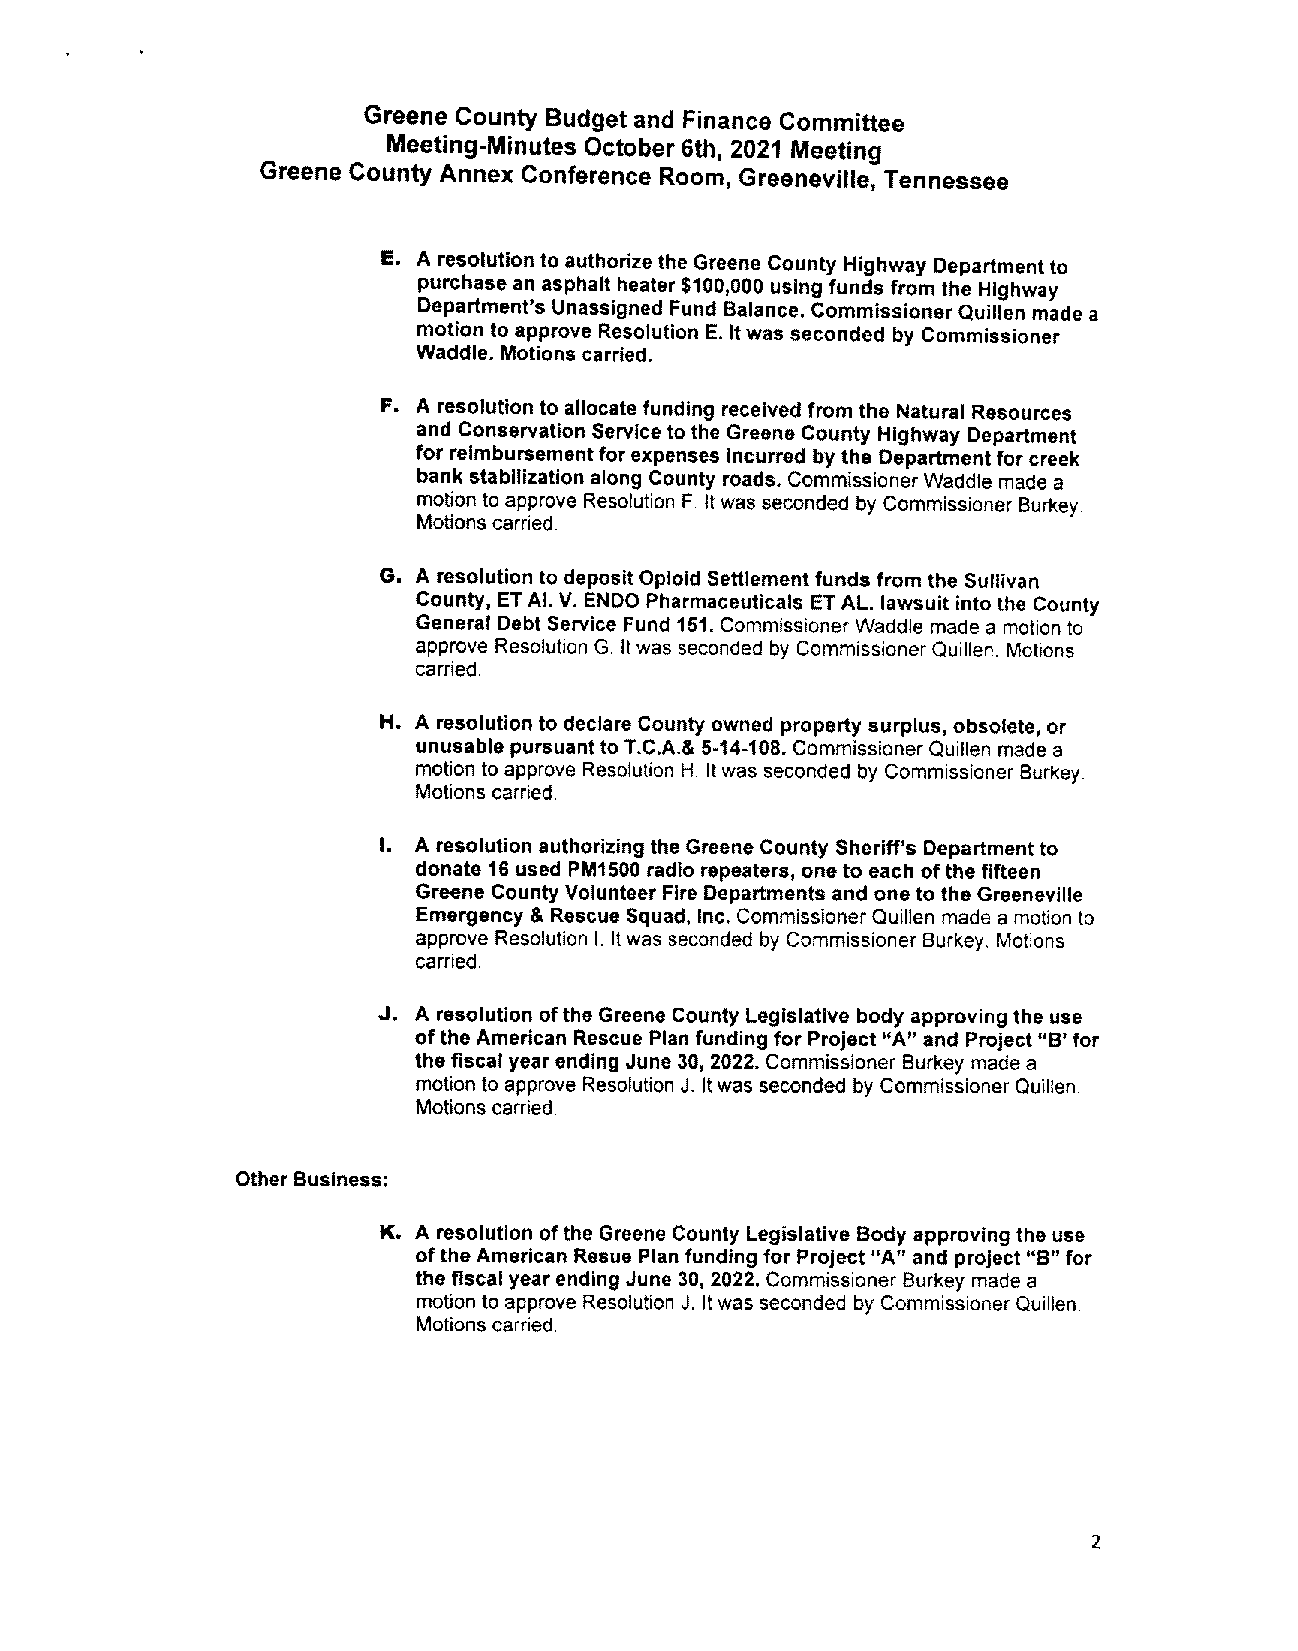
GreeneCounty Budget and Finance Committee
 Meeting-Minutes October 6th, 2021 Meeting
 Greene County Annex Conference Room, Greeneville, Tennessee
 E. A resolutionto authorize the Greene County Highway Department to
 purchasean asphalt heater $100,000using funds from theHighway
 Department’s Unassigned Fund Balance. CommissionerQuillen madea
 motion to approve Resolution E. Itwas seconded by Commissioner
 Waddle. Motions carried.
 F. A resolution to allocatefunding received from the Natural Resources
 and Conservation Service tothe GreeneCounty Highway Department
 for reimbursementfor expensesincurred bythe Department forcreek
 bank stabilization along County roads. CommissionerWaddle made a
 motionto approve Resolution F. Itwas seconded by Commissioner Burkey.
 Motionscarried.
 G. A resolution to depositOpioid Settlement fundsfrom theSullivan
 County, ETAl. V. ENDO Pharmaceuticals ETAL. lawsuit into the County
 General Debt Service Fund 151.Commissioner Waddle made a motion to
 approve Resolution G. Itwas seconded by Commissioner Quillen. Motions
 carried.
 H. A resolution to declare county owned propertysurplus, obsolete, or
 unusable pursuant toT.C.A.& 5-14-108. CommissionerQuiilen made a
 motion to approve Resolution H. Itwas seconded by Commissioner Burkey.
 Motions carried.
 I. A resolution authorizing the Greene County Sheriff’s Department to
 donate 16 used PMI500 radio repeaters, onetoeach ofthe fifteen
 Greene CountyVolunteer FireDepartments and one tothe Greeneville
 Emergency & Rescue Squad, Inc.Commissioner Quillen madea motion to
 approve Resolution I. Itwas seconded by Commissioner Burkey, Motions
 carried.
 J. A resolution oftheGreene County Legislativebody approving theuse
 ofthe American Rescue Plan funding for Project“A” and Project“B’ for
 thefiscal yearending June 30, 2022.Commissioner Burkeymade a
 motion to approve ResolutionJ. Itwas seconded by Commissioner Quillen.
 Motions carried.
 Other BusIness:
 K. A resolution ofthe GreeneCounty LegislativeBodyapprovingthe use
 oftheAmerican Resue Plan fundingfor Project “A”and project“B” for
 the fiscalyearending June 30, 2022.Commissioner Burkey madea
 motionto approve Resolution J. Itwasseconded byCommissioner Quillen,
 Motionscarried.
 2